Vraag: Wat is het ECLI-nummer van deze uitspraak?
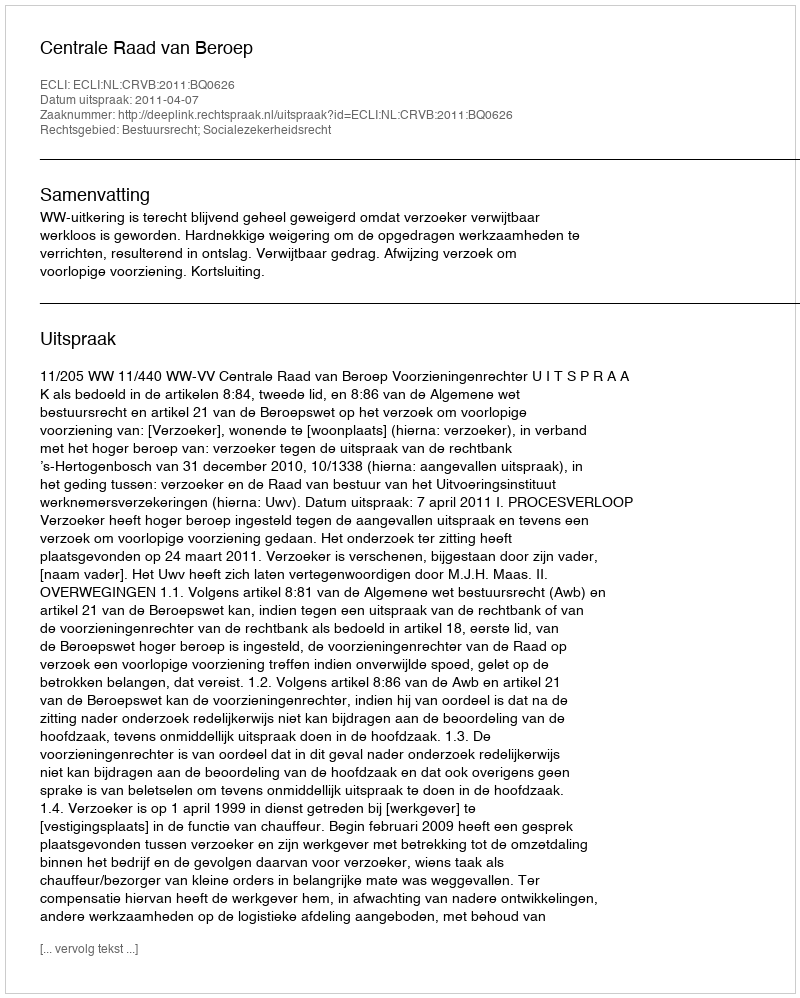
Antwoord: ECLI:NL:CRVB:2011:BQ0626